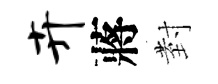
卉蔣𭔹